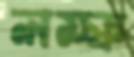
লম্ফ